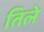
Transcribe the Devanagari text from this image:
तिले